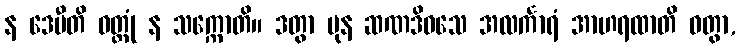
န ဒေမီတိ ဝတ္တုံ န သက္ကောတိ။ ဒတွာ ပုန ဆဏဒိဝသေ အလင်္ကာရံ အာဟရထာတိ ဝတွာ,